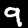
Digit: 9